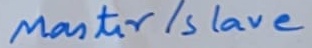
Text: Master/Slave